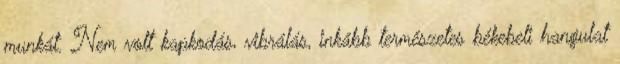
munkát. Nem volt kapkodás, vibrálás, inkább természetes békebeli hangulat